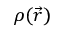
\rho ( \vec { r } )